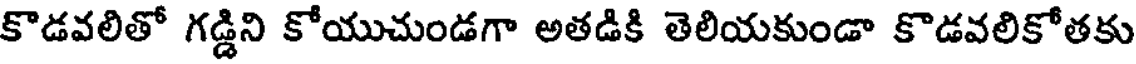
కొడవలితో గడ్డిని కోయుచుండగా అతడికి తెలియకుండా కొడవలికోతకు